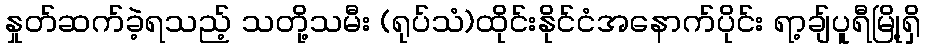
နှုတ်ဆက်ခဲ့ရသည့် သတို့သမီး (ရုပ်သံ)ထိုင်းနိုင်ငံအနောက်ပိုင်း ရာ့ချ်ပူရီမြို့ရှိ